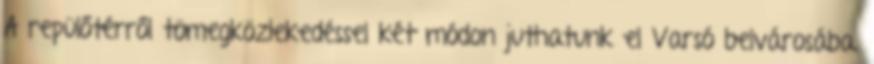
A repülőtérről tömegközlekedéssel két módon juthatunk el Varsó belvárosába.